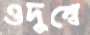
ওদুম্বে